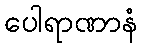
ပေါရာဏာနံ